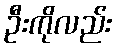
ဦးကိုလည်း